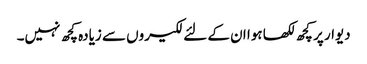
دیوار پر کچھ لکھا ہوا ان کے لئے لکیروں سے زیادہ کچھ نہیں۔